Indian journal of veterinary science and animal husbandry - Volume 10,
Year: 1940
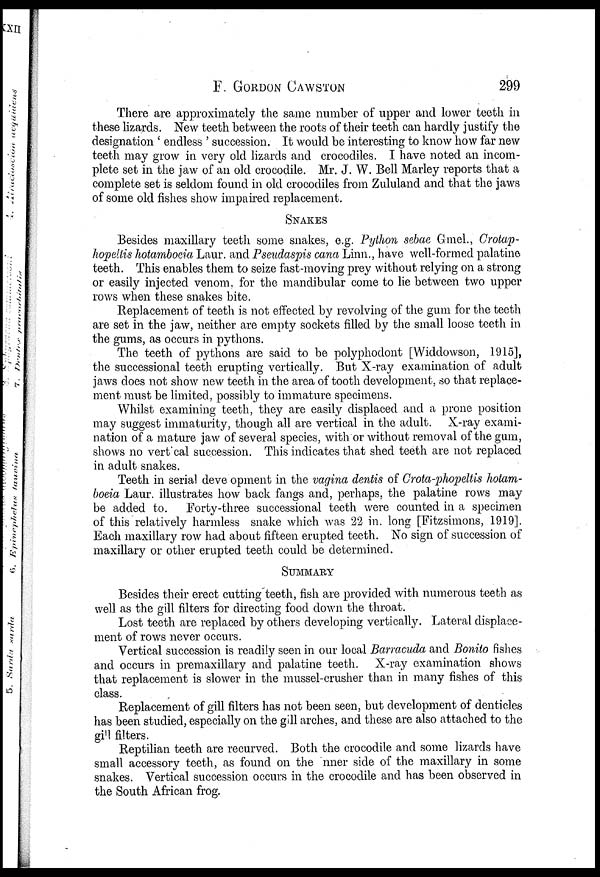
F.
GORDON
CAWSTON
299
There are approximately the same number of upper and lower teeth in
these lizards. New teeth between the roots of their teeth can hardly justify the
designation ' endless ' succession. It would be interesting to know how far new
teeth may grow in very old lizards and crocodiles. I have noted an incom-
plete set in the jaw of an old crocodile. Mr. J. W. Bell Marley reports that a
complete set is seldom found in old crocodiles from Zululand and that the jaws
of some old fishes show impaired replacement.
SNAKES
Besides maxillary teeth some snakes, e.g. Python sebae Gmel., Crotap-
hopeltis hotamboeia Laur. and Pseudaspis cana Linn., have well-formed palatine
teeth. This enables them to seize fast-moving prey without relying on a strong
or easily injected venom, for the mandibular come to lie between two upper
rows when these snakes bite.
Replacement of teeth is not effected by revolving of the gum for the teeth
are set in the jaw, neither are empty sockets filled by the small loose teeth in
the gums, as occurs in pythons.
The teeth of pythons are said to be polyphodont [Widdowson, 1915],
the successional teeth erupting vertically. But X-ray examination of adult
jaws does not show new teeth in the area of tooth development, so that replace-
ment must be limited, possibly to immature specimens.
Whilst examining teeth, they are easily displaced and a prone position
may suggest immaturity, though all are vertical in the adult. X-ray exami-
nation of a mature jaw of several species, with or without removal of the gum,
shows no vertical succession. This indicates that shed teeth are not replaced
in adult snakes.
Teeth in serial deve opment in the vagina dentis of Crota-phopeltis hotam-
boeia Laur. illustrates how back fangs and, perhaps, the palatine rows may
be added to. Forty-three successional teeth were counted in a specimen
of this relatively harmless snake which was 22 in. long [Fitzsimons, 1919].
Each maxillary row had about fifteen erupted teeth. No sign of succession of
maxillary or other erupted teeth could be determined.
SUMMARY
Besides their erect cutting teeth, fish are provided with numerous teeth as
well as the gill filters for directing food down the throat.
Lost teeth are replaced by others developing vertically. Lateral displace-
ment of rows never occurs.
Vertical succession is readily seen in our local Barracuda and Bonito fishes
and occurs in premaxillary and palatine teeth. X-ray examination shows
that replacement is slower in the mussel-crusher than in many fishes of this
class.
Replacement of gill filters has not been seen, but development of denticles
has been studied, especially on the gill arches, and these are also attached to the
gill filters.
Reptilian teeth are recurved. Both the crocodile and some lizards have
small accessory teeth, as found on the nner side of the maxillary in some
snakes. Vertical succession occurs in the crocodile and has been observed in
the South African frog.